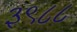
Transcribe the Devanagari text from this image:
३९८८